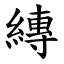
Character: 縳